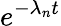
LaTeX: e^{-\lambda_{n}t}